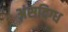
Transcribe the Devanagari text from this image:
अंसदिग्ध